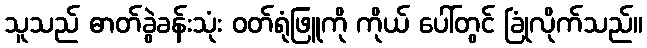
သူသည် ဓာတ်ခွဲခန်းသုံး ဝတ်ရုံဖြူကို ကိုယ် ပေါ်တွင် ခြုံလိုက်သည်။